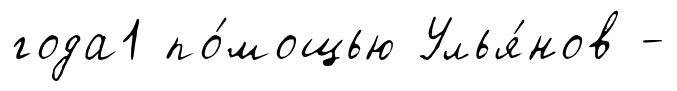
года1 по́мощью Улья́нов -